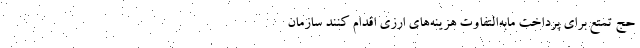
حج تمتع برای پرداخت مابه‌التفاوت هزینه‌های ارزی اقدام کنند سازمان